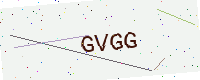
Text: GVGG